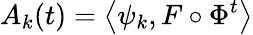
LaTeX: A_{k}(t)=\left<\psi_{k},F\circ\Phi^{t}\right>